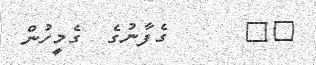
٣٣      ގެފާނުގެ  ގެމީހުން